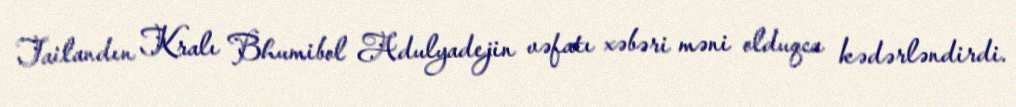
Tailandın Kralı Bhumibol Adulyadejin vəfatı xəbəri məni olduqca kədərləndirdi.